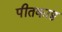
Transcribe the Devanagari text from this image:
पीतकाष्ठ